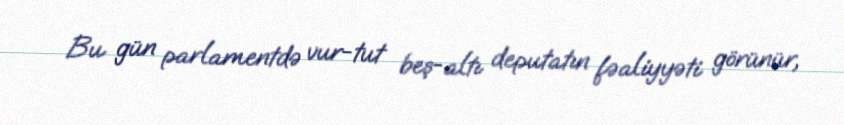
Bu gün parlamentdə vur-tut beş-altı deputatın fəaliyyəti görünür,